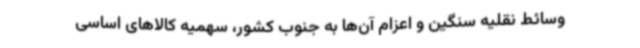
وسائط نقلیه سنگین و اعزام آن‌ها به جنوب کشور، سهمیه کالاهای اساسی